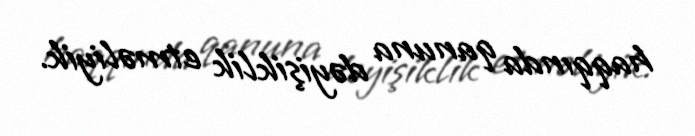
haqqında qanuna dəyişiklik etməliyik.